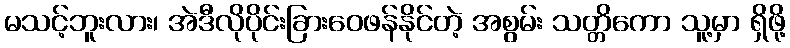
မသင့်ဘူးလား၊ အဲဒီလိုပိုင်းခြားဝေဖန်နိုင်တဲ့ အစွမ်း သတ္တိကော သူ့မှာ ရှိဖို့